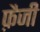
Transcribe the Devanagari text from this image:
फ़ैजी